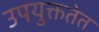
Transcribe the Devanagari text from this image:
उपयुक्ततेत